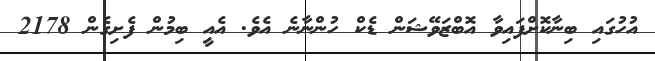
އުހުގައި ބިނާކޮށްފައިވާ އޮބްޒަވޭޝަން ޑެކް ހުންނާނެ އެވެ. އެއީ ބިމުން ފެށިގެން 2178